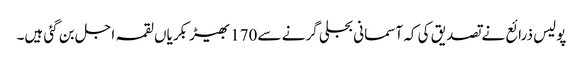
پولیس ذرائع نے تصدیق کی کہ آسمانی بجلی گرنے سے 170بھیڑ بکریاں لقمہ اجل بن گئی ہیں۔